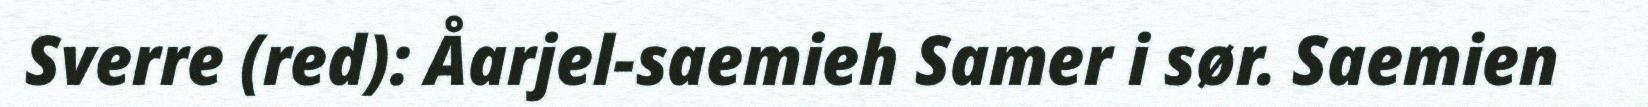
Sverre (red): Åarjel-saemieh Samer i sør. Saemien